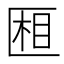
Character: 𰅧